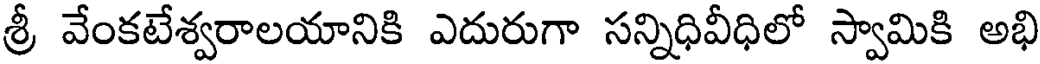
శ్రీ వేంకటేశ్వరాలయానికి ఎదురుగా సన్నిధివీధిలో స్వామికి అభి